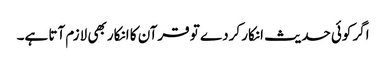
اگر کوئی حدیث انکار کردے تو قرآن کا انکار بھی لازم آتا ہے۔